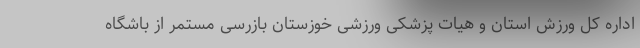
اداره کل ورزش استان و هیات پزشکی ورزشی خوزستان بازرسی مستمر از باشگاه